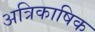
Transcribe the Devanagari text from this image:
अत्रिकाषिक